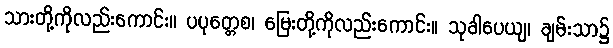
သားတို့ကိုလည်းကောင်း။ ပပုတ္တေစ၊ မြေးတို့ကိုလည်းကောင်း။ သုခါပေယျ၊ ချမ်းသာ၌